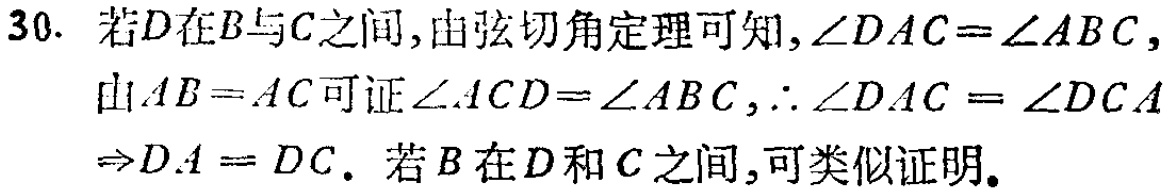
30. 若\(D\)在\(B\)与\(C\)之间,由弦切角定理可知,\(\angle DAC = \angle ABC\), 由\(AB = AC\)可证\(\angle ACD=\angle ABC\),\(\therefore \angle DAC = \angle DCA\Rightarrow DA = DC\). 若\(B\)在\(D\)和\(C\)之间,可类似证明.